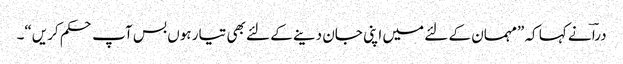
دراؔ نے کہا کہ ”مہمان کے لئے میں اپنی جان دینے کے لئے بھی تیار ہوں بس آپ حکم کریں“۔